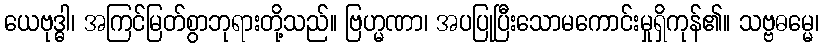
ယေဗုဒ္ဓါ၊ အကြင်မြတ်စွာဘုရားတို့သည်။ ဗြဟ္မဏာ၊ အပပြုပြီးသောမကောင်းမှုရှိကုန်၏။ သဗ္ဗဓမ္မေ၊